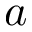
a